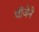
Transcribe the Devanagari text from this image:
चीजेने